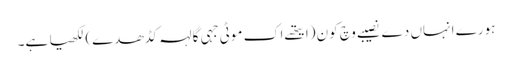
ہورے انہاں دے نصیبے وچ کون (ایتھے اک موٹی جہی گالہہ کڈھدے) لکھیا ہے۔